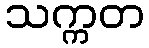
သက္ကတ